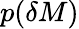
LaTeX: p(\delta M)